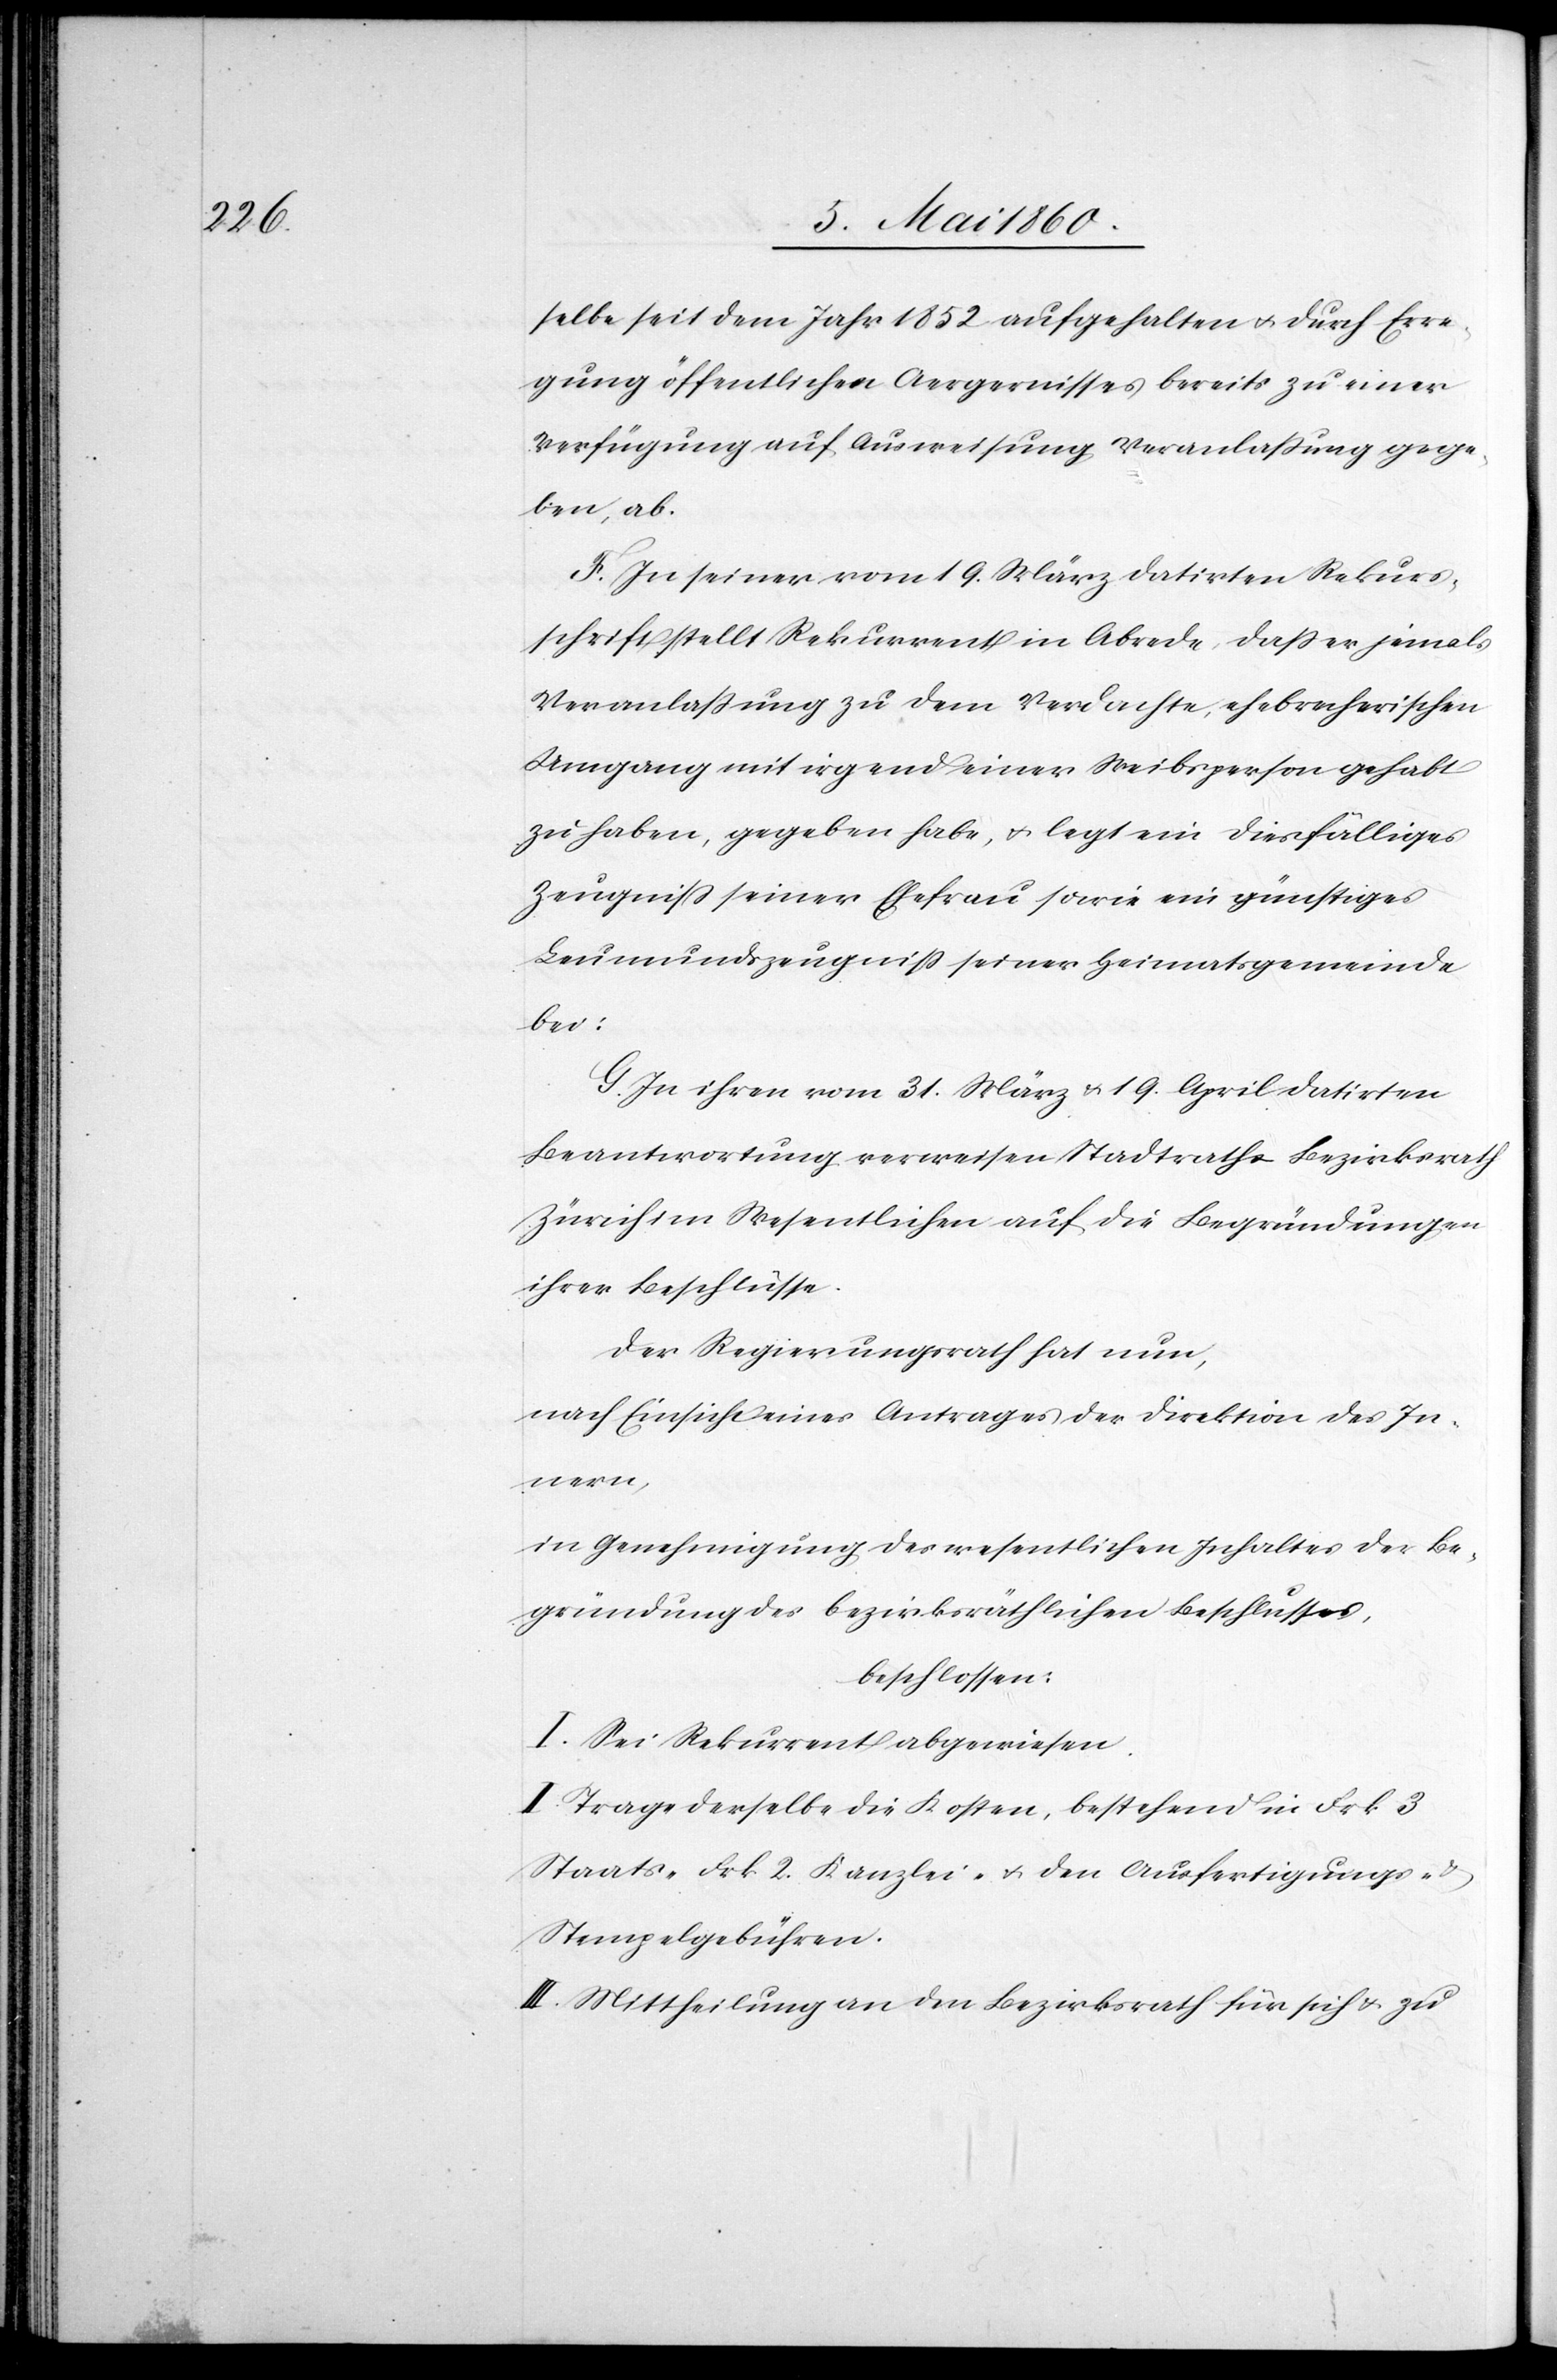
selbe seit dem Jahr 1852 aufgehalten u. durch Erre¬
gung öffentlichen Aergernisses bereits zu einer
Verfügung auf Ausweisung Veranlassung gege¬
ben, ab.
F. In seiner vom 19. März datirten Rekurs¬
schrift stellt Rekurrent in Abrede, dass er jemals
Veranlassung zu dem Verdachte, ehebrecherischen
Umgang mit irgend einer Weibsperson gehabt
zu haben, gegeben habe, u. legt ein diesfälliges
Zeugniss seiner Ehefrau sowie ein günstiges
Leumundszeugniss seiner Heimatsgemeinde
bei.
G. In ihren vom 31. März u. 19. April datirten
Beantwortung[en] verweisen Stadtrath u. Bezirksrath
Zürich im Wesentlichen auf die Begründungen
ihrer Beschlüsse.
Der Regierungsrath hat nun,
nach Einsicht eines Antrages der Direktion des In¬
nern,
in Genehmigung des wesentlichen Inhaltes der Be¬
gründung des bezirksräthlichen Beschlusses,
beschlossen.
I. Sei Rekurrent abgewiesen.
II. Trage derselbe die Kosten, bestehend in Frk. 3
Staats- Frk. 2 Kanzlei- u. den Ausfertigungs- u.
Stempelgebühren.
III. Mittheilung an den Bezirksrath für sich u. zu